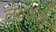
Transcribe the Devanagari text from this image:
लवकरी